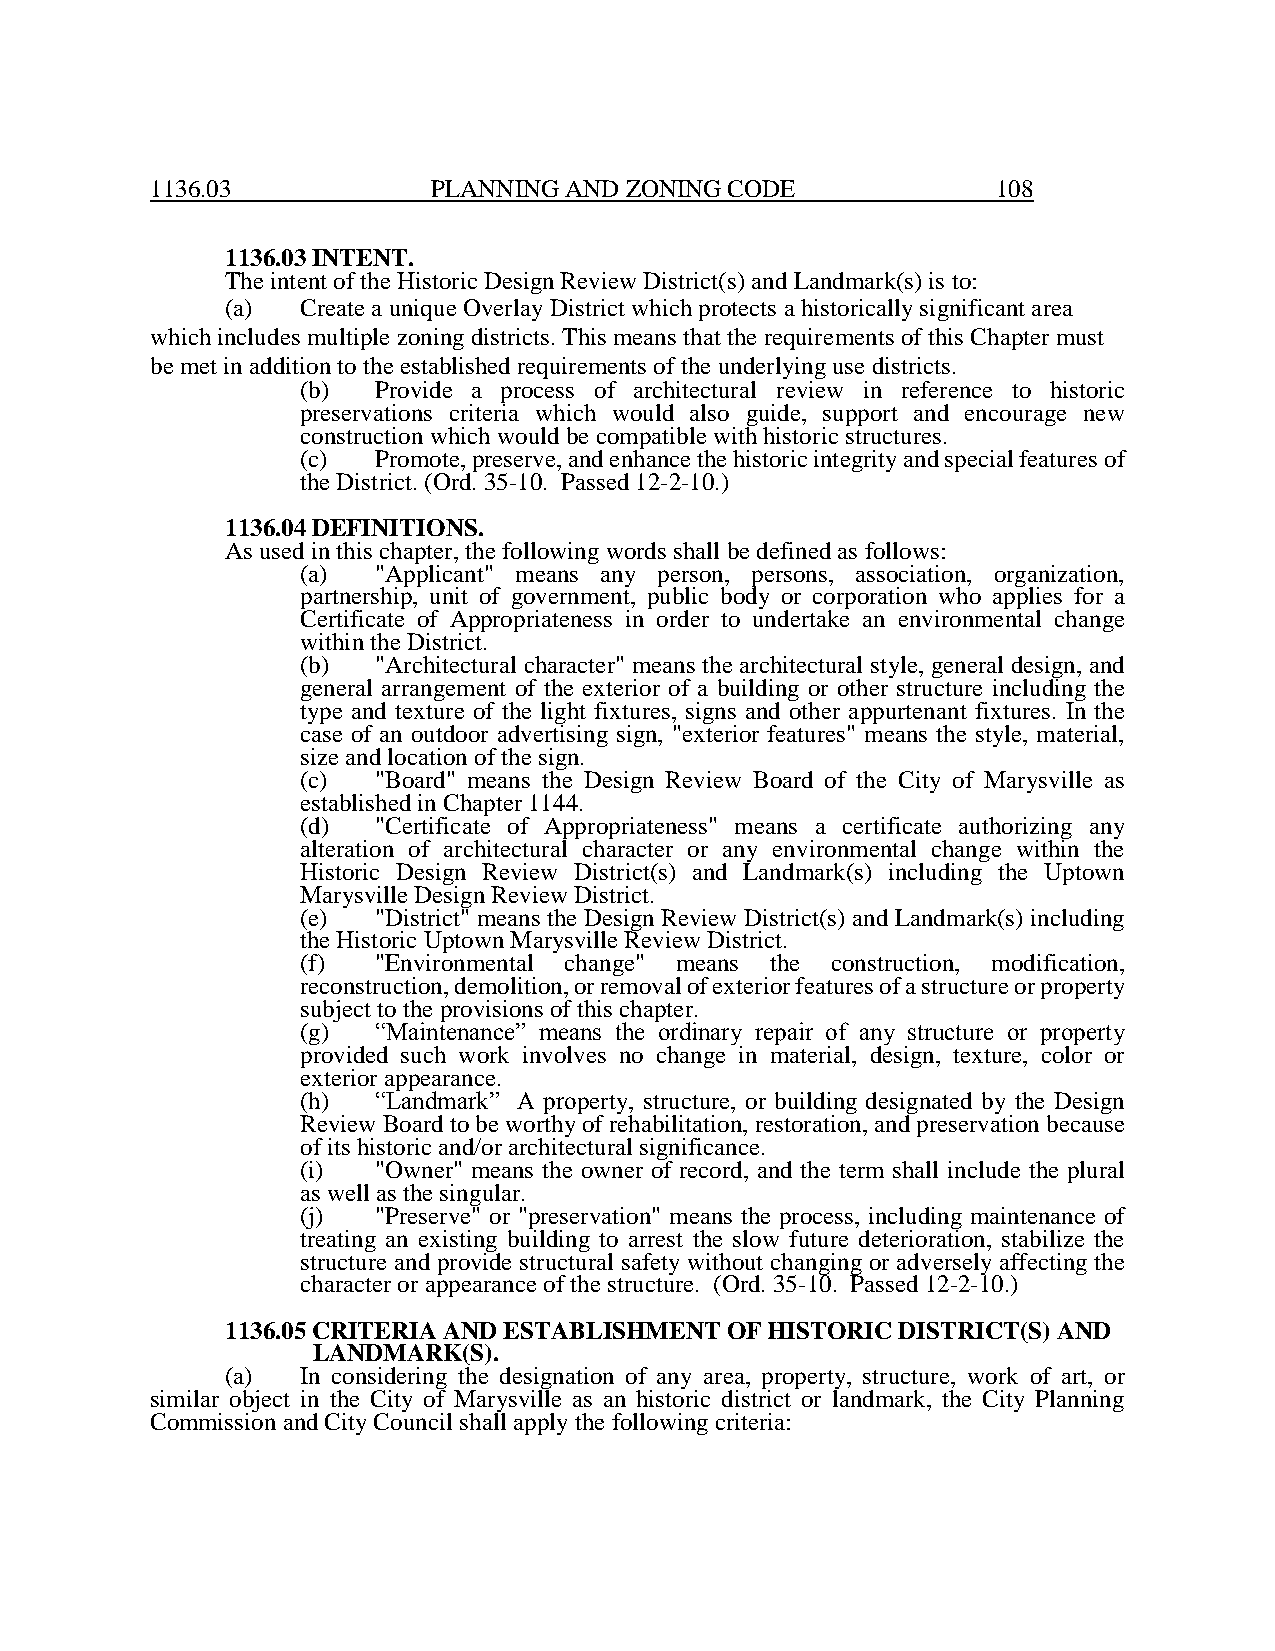
1136.03            PLANNING AND ZONING CODE             108
 1136.03 INTENT.
 The intent of the Historic Design Review District(s) and Landmark(s) is to:
 (a)  Create a unique Overlay District which protects a historically significant area
 which includes multiple zoning districts. This means that the requirements of this Chapter must
 be met in addition to the established requirements of the underlying use districts.
 (b)  Provide a process of architectural review in reference to historic
 preservations criteria which would also guide, support and encourage new
 construction which would be compatible with historic structures.
 (c)  Promote, preserve, and enhance the historic integrity and special features of
 the District. (Ord. 35-10. Passed 12-2-10.)
 1136.04 DEFINITIONS.
 As used in this chapter, the following words shall be defined as follows:
 (a)  "Applicant" means any person, persons, association, organization,
 partnership, unit of government, public body or corporation who applies for a
 Certificate of Appropriateness in order to undertake an environmental change
 within the District.
 (b)  "Architectural character" means the architectural style, general design, and
 general arrangement of the exterior of a building or other structure including the
 type and texture of the light fixtures, signs and other appurtenant fixtures. In the
 case of an outdoor advertising sign, "exterior features" means the style, material,
 size and location of the sign.
 (c)  "Board" means the Design Review Board of the City of Marysville as
 established in Chapter 1144.
 (d)  "Certificate of Appropriateness" means a certificate authorizing any
 alteration of architectural character or any environmental change within the
 Historic Design Review District(s) and Landmark(s) including the Uptown
 Marysville Design Review District.
 (e)  "District" means the Design Review District(s) and Landmark(s) including
 the Historic Uptown Marysville Review District.
 (f)  "Environmental change" means the construction, modification,
 reconstruction, demolition, or removal of exterior features of a structure or property
 subject to the provisions of this chapter.
 (g)  “Maintenance” means the ordinary repair of any structure or property
 provided such work involves no change in material, design, texture, color or
 exterior appearance.
 (h)  “Landmark” A property, structure, or building designated by the Design
 Review Board to be worthy of rehabilitation, restoration, and preservation because
 of its historic and/or architectural significance.
 (i)  "Owner" means the owner of record, and the term shall include the plural
 as well as the singular.
 (j)  "Preserve" or "preservation" means the process, including maintenance of
 treating an existing building to arrest the slow future deterioration, stabilize the
 structure and provide structural safety without changing or adversely affecting the
 character or appearance of the structure. (Ord. 35-10. Passed 12-2-10.)
 1136.05 CRITERIA AND ESTABLISHMENT OF HISTORIC DISTRICT(S) AND
 LANDMARK(S).
 (a)  In considering the designation of any area, property, structure, work of art, or
 similar object in the City of Marysville as an historic district or landmark, the City Planning
 Commission and City Council shall apply the following criteria: